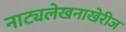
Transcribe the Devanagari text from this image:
नाट्यलेखनाखेरीज